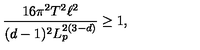
\frac { 1 6 \pi ^ { 2 } T ^ { 2 } \ell ^ { 2 } } { ( d - 1 ) ^ { 2 } L _ { p } ^ { 2 ( 3 - d ) } } \geq 1 ,